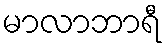
မာလာဘာရီ